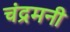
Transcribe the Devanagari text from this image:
चंद्रमनी